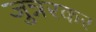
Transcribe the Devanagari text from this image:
जुन्नरकर